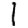
Digit: 1